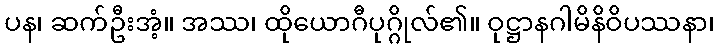
ပန၊ ဆက်ဦးအံ့။ အဿ၊ ထိုယောဂီပုဂ္ဂိုလ်၏။ ဝုဋ္ဌာနဂါမိနိဝိပဿနာ၊